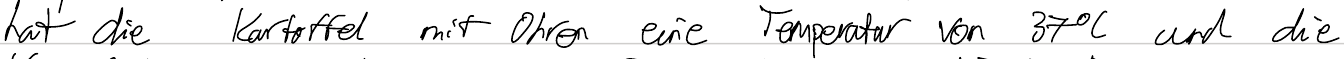
hat die Kartoffel mit Ohren eine Temperatur von 37°C und die